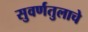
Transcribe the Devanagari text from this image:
सुवर्णतुलाचे